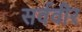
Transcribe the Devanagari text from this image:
सर्ववीर